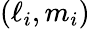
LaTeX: (\ell_{i},m_{i})